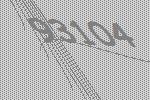
93104